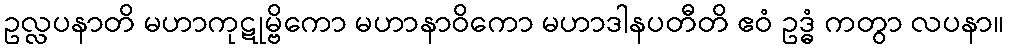
ဥလ္လပနာတိ မဟာကုဋုမ္ဗိကော မဟာနာဝိကော မဟာဒါနပတီတိ ဧဝံ ဥဒ္ဓံ ကတွာ လပနာ။